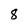
Character: 8